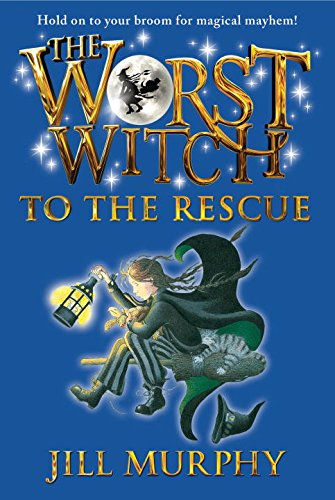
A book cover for The Worst Witch to the Rescue; Jill Murphy; Children's Books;